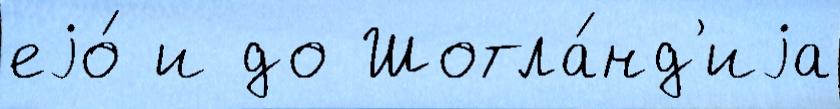
еjо́ и до Шотла́нд'иjа